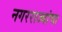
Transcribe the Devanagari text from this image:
नगरराज्यांचा